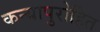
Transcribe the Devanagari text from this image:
कन्यापुरोहित